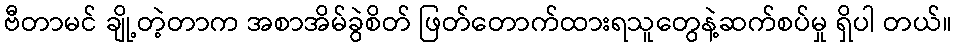
ဗီတာမင် ချို့တဲ့တာက အစာအိမ်ခွဲစိတ် ဖြတ်တောက်ထားရသူတွေနဲ့ဆက်စပ်မှု ရှိပါ တယ်။